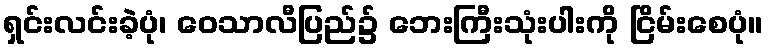
ရှင်းလင်းခဲ့ပုံ၊ ဝေသာလီပြည်၌ ဘေးကြီးသုံးပါးကို ငြိမ်းစေပုံ။